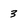
Character: 3